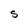
Character: S